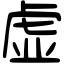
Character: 虚